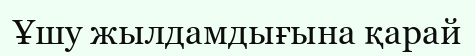
Ұшу жылдамдығына қарай